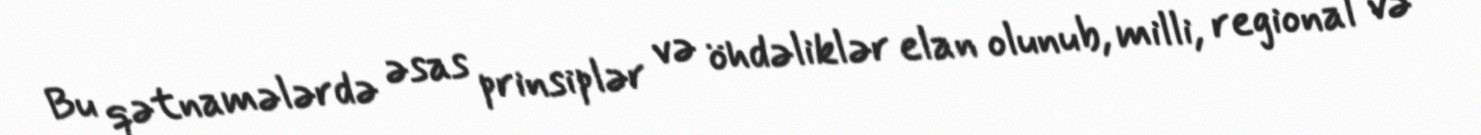
Bu qətnamələrdə əsas prinsiplər və öhdəliklər elan olunub, milli, regional və